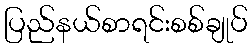
ပြည်နယ်စာရင်းစစ်ချုပ်